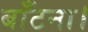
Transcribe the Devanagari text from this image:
बाँटना।